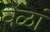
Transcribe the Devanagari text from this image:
वेळां